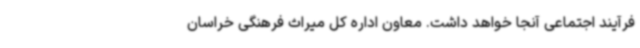
فرآیند اجتماعی آنجا خواهد داشت. معاون اداره کل میراث فرهنگی خراسان